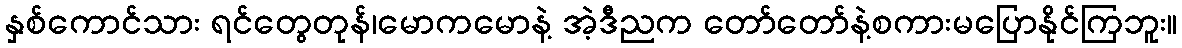
နှစ်ကောင်သား ရင်တွေတုန်၊မောကမောနဲ့ အဲ့ဒီညက တော်တော်နဲ့စကားမပြောနိုင်ကြဘူး။